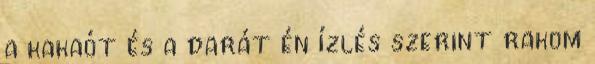
a kakaót és a darát én ízlés szerint rakom